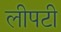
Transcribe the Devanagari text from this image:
लीपटी